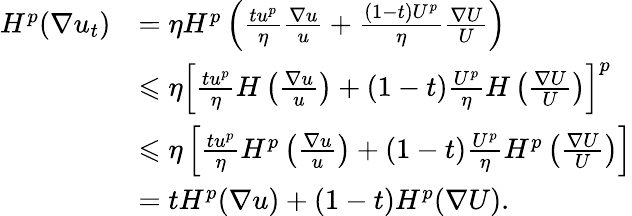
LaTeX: \begin{array}{rl}{H^{p}(\nabla u_{t})}&{=\eta H^{p}\left(\frac{tu^{p}}{\eta}\frac{\nabla u}{u}+\frac{(1-t)U^{p}}{\eta}\frac{\nabla U}{U}\right)}\\ &{\leqslant\eta\left[\frac{tu^{p}}{\eta}H\left(\frac{\nabla u}{u}\right)+(1-t)\frac{U^{p}}{\eta}H\left(\frac{\nabla U}{U}\right)\right]^{p}}\\ &{\leqslant\eta\left[\frac{tu^{p}}{\eta}H^{p}\left(\frac{\nabla u}{u}\right)+(1-t)\frac{U^{p}}{\eta}H^{p}\left(\frac{\nabla U}{U}\right)\right]}\\ &{=tH^{p}(\nabla u)+(1-t)H^{p}(\nabla U).}\end{array}